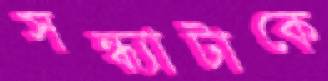
সন্ধ্যাটাকে